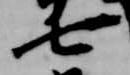
七